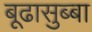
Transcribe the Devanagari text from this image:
बूढासुब्बा